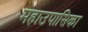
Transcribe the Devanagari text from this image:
महाउपासिका